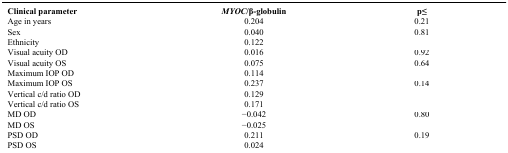
<table><thead><tr><td><b>Clinical parameter</b></td><td><b><i>MYOC</i>/β-globulin</b></td><td><b>p≤</b></td></tr></thead><tbody><tr><td>Age in years</td><td>0.204</td><td>0.21</td></tr><tr><td>Sex</td><td>0.040</td><td>0.81</td></tr><tr><td>Ethnicity</td><td>0.122</td><td>[EMPTY_CELL]</td></tr><tr><td>Visual acuity OD</td><td>0.016</td><td>0.92</td></tr><tr><td>Visual acuity OS</td><td>0.075</td><td>0.64</td></tr><tr><td>Maximum IOP OD</td><td>0.114</td><td>[EMPTY_CELL]</td></tr><tr><td>Maximum IOP OS</td><td>0.237</td><td>0.14</td></tr><tr><td>Vertical c/d ratio OD</td><td>0.129</td><td>[EMPTY_CELL]</td></tr><tr><td>Vertical c/d ratio OS</td><td>0.171</td><td>[EMPTY_CELL]</td></tr><tr><td>MD OD</td><td>−0.042</td><td>0.80</td></tr><tr><td>MD OS</td><td>−0.025</td><td>[EMPTY_CELL]</td></tr><tr><td>PSD OD</td><td>0.211</td><td>0.19</td></tr><tr><td>PSD OS</td><td>0.024</td><td>[EMPTY_CELL]</td></tr></tbody></table>